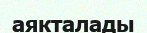
аякталады